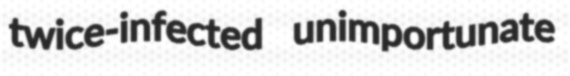
twice-infected unimportunate